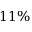
1 1 \%